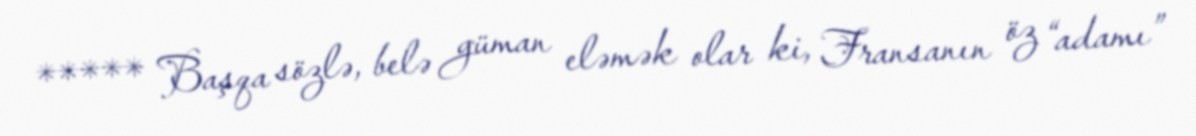
***** Başqa sözlə, belə güman eləmək olar ki, Fransanın öz “adamı”